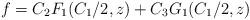
LaTeX: \begin{align*}f = C_2 F_{1}(C_1/2,z) + C_3 G_{1}(C_1/2,z)\end{align*}